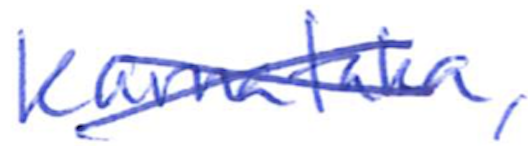
Text: Karnataka,
Cross-out: cross
Writing tool: ballpoint